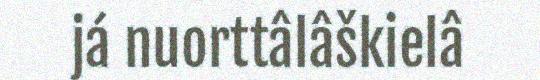
já nuorttâlâškielâ